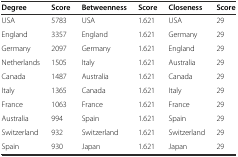
| Degree | Score | Betweenness | Score | Closeness | Score |
 | --- | --- | --- | --- | --- | --- |
 | USA | 5783 | USA | 1.621 | USA | 29 |
 | England | 3357 | England | 1.621 | Germany | 29 |
 | Germany | 2097 | Germany | 1.621 | England | 29 |
 | Netherlands | 1505 | Italy | 1.621 | Australia | 29 |
 | Canada | 1487 | Australia | 1.621 | Canada | 29 |
 | Italy | 1365 | Canada | 1.621 | Italy | 29 |
 | France | 1063 | France | 1.621 | France | 29 |
 | Australia | 994 | Spain | 1.621 | Spain | 29 |
 | Switzerland | 932 | Switzerland | 1.621 | Switzerland | 29 |
 | Spain | 930 | Japan | 1.621 | Japan | 29 |